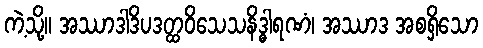
ကဲ့သို့။ အဿာဒါဒိပဒတ္ထဝိသေသနိဒ္ဓါရဏံ၊ အဿာဒ အစရှိသော